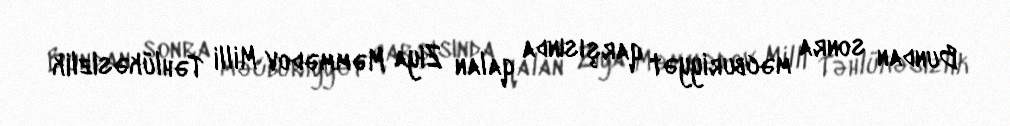
Bundan sonra məcburiyyət qarşısında qalan Ziya Məmmədov Milli Təhlükəsizlik